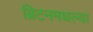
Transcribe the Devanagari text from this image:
ब्रिटनमधल्या